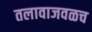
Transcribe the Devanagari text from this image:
तलावाजवळच